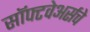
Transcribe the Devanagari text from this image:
सॉफ्टवेअर्सचे